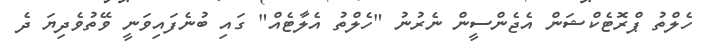
ހެލްތު ޕްރޮޓެކްޝަން އެޖެންސީން ނެރުނު "ހެލްތު އެލާޓެއް" ގައި ބުނެފައިވަނީ ވޭތުވެދިޔަ ދެ